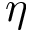
\eta